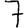
Digit: 7